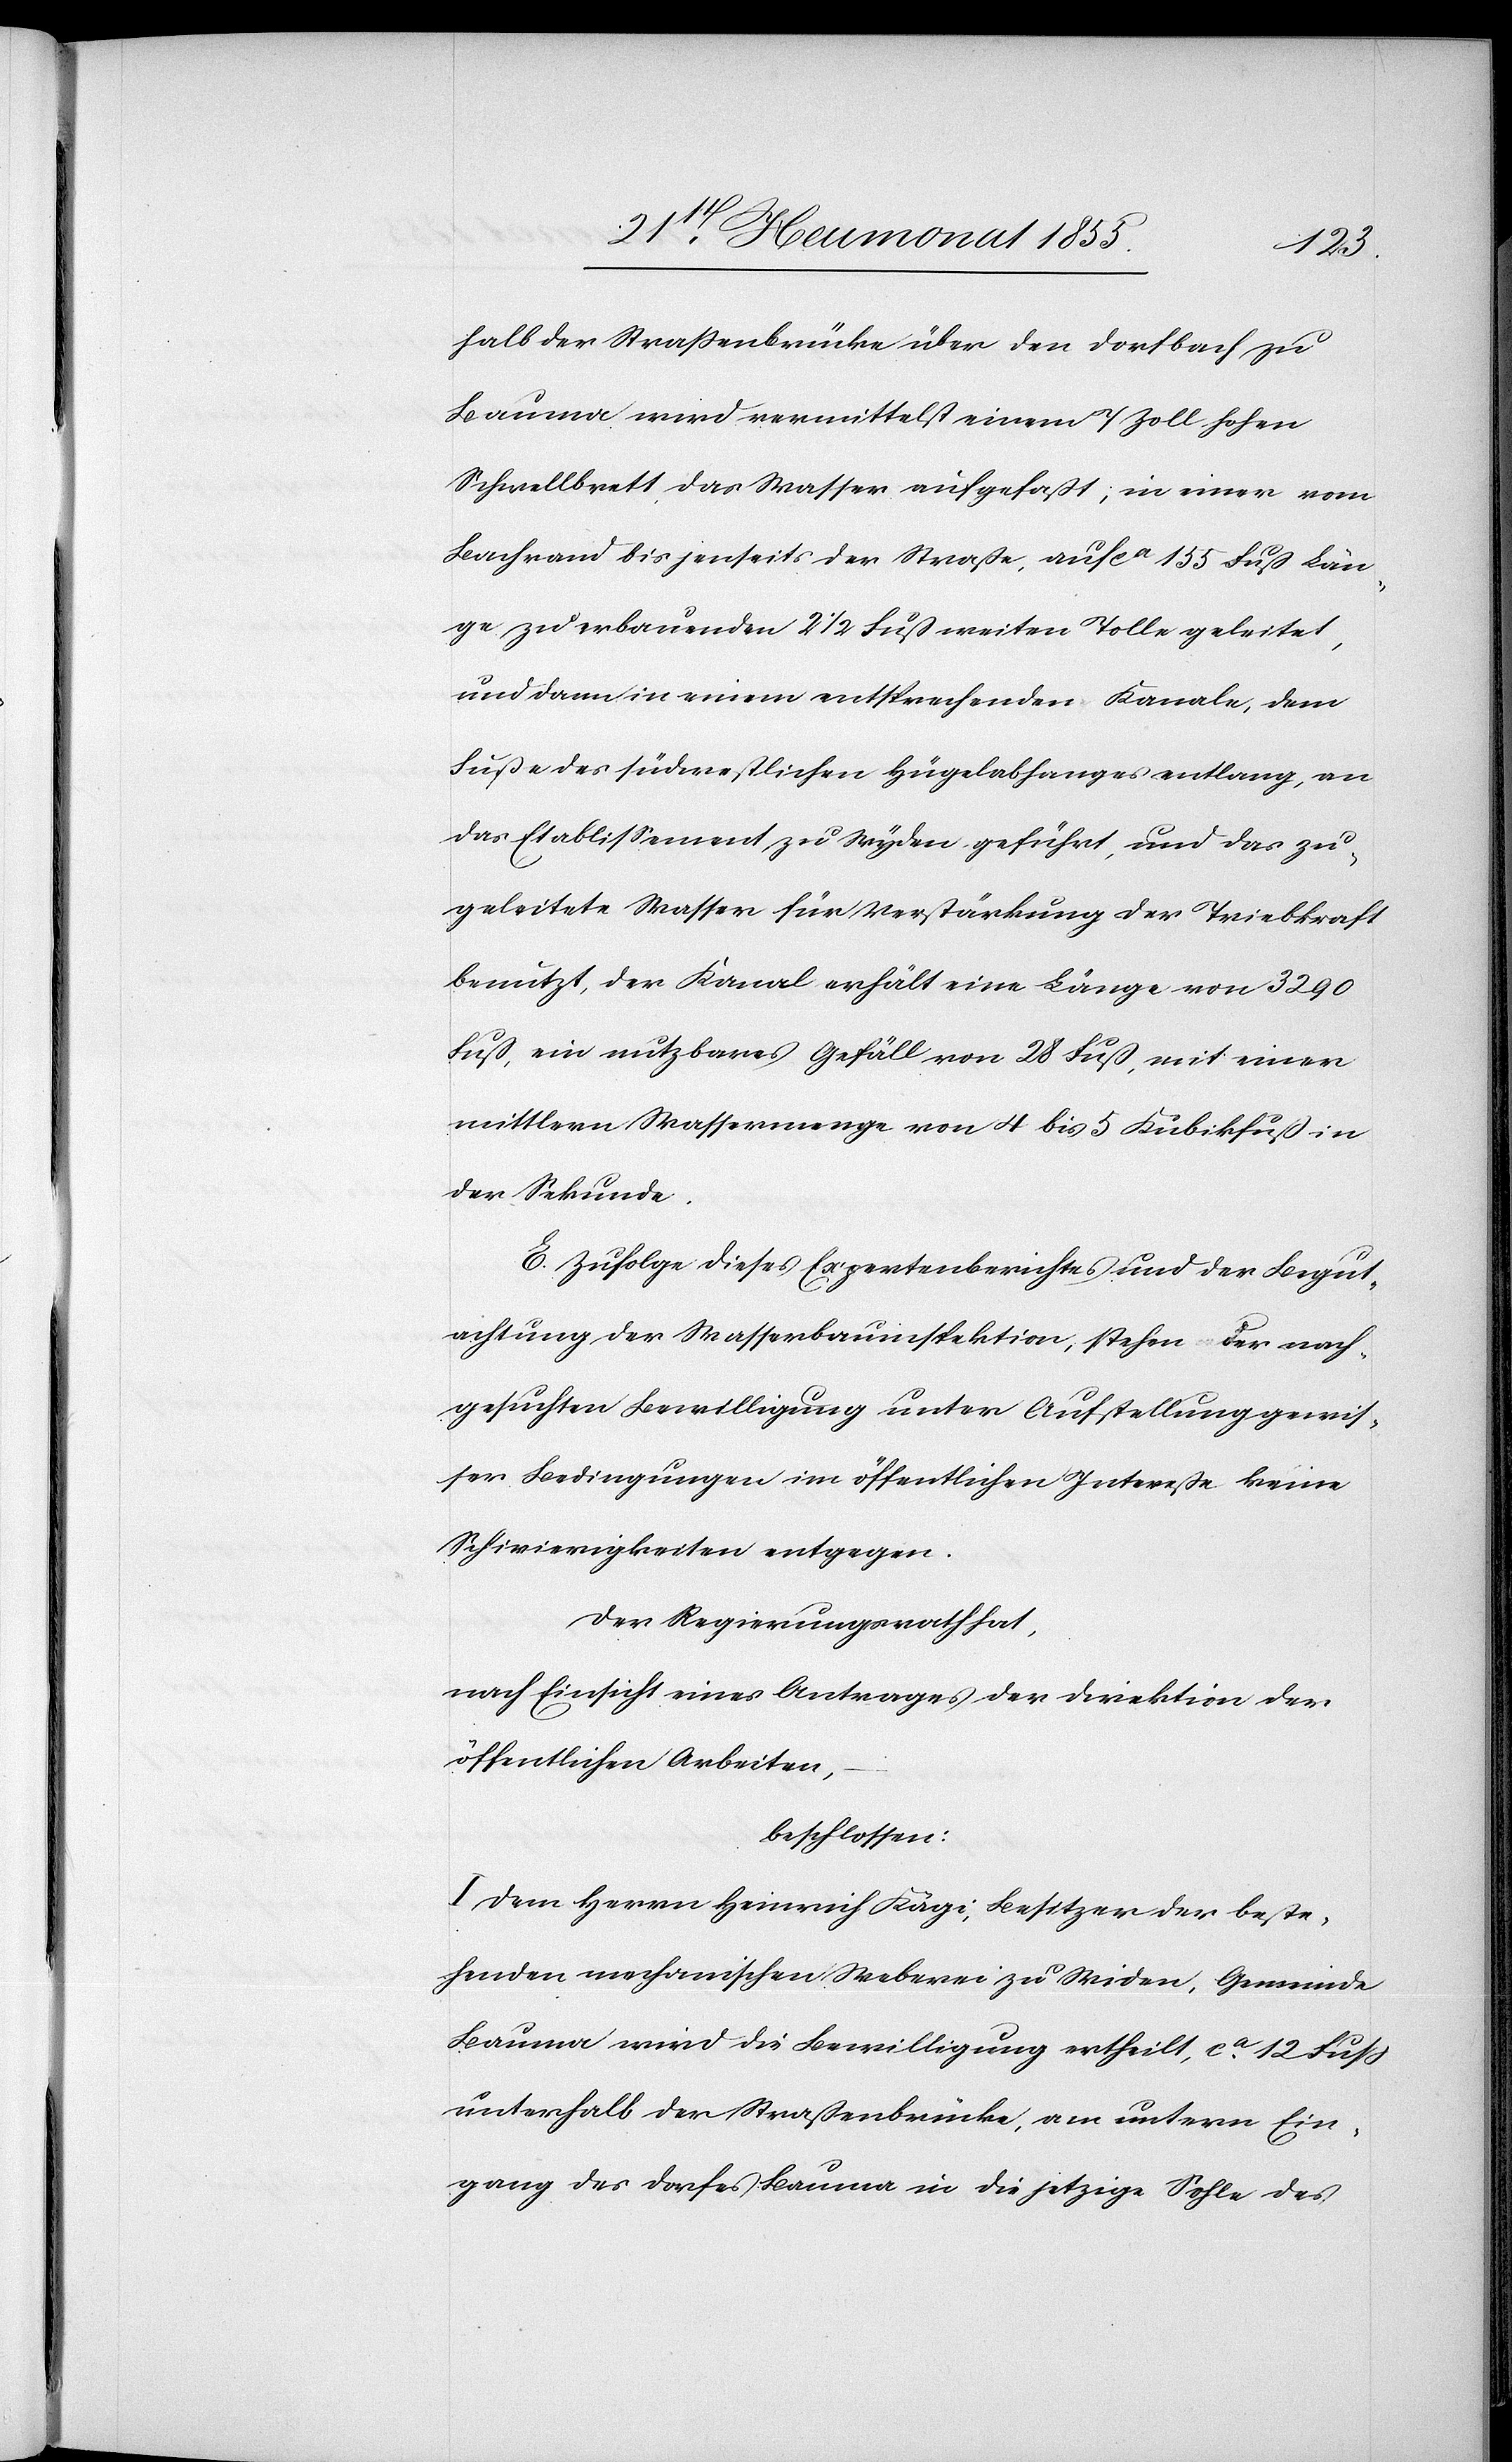
halb der Straßenbrücke über den Dorfbach zu
Bauma wird vermittelst einem 7 Zoll hohen
Schwellbrett das Wasser aufgefaßt; in einer vom
Bachrand bis jenseits der Straße, auf ca 155 Fuß Län¬
ge zu erbauenden 2 1/2 Fuß weiten Tolle geleitet,
und dann in einem entsprechenden Kanale, dem
Fuße des südwestlichen Hügelabhanges entlang, an
das Etablissement zu Wyden geführt, und das zu¬
geleitete Wasser für Verstärkung der Triebkraft
benutzt, der Kanal erhält eine Länge von 3290
Fuß, ein nutzbares Gefäll von 28 Fuß, mit einer
mittlern Wassermenge von 4 bis 5 Kubikfuß in
der Sekunde.
E. Zufolge dieses Expertenberichtes und der Begut¬
achtung der Wasserbauinspektion, stehen der nach¬
gesuchten Bewilligung unter Aufstellung gewis¬
ser Bedingungen im öffentlichen Intereße keine
Schwierigkeiten entgegen.
Der Regierungsrath hat,
nach Einsicht eines Antrages der Direktion der
öffentlichen Arbeiten,
beschlossen:
I. Dem Herrn Heinrich Kägi, Besitzer der beste¬
henden mechanischen Weberei zu Widen, Gemeinde
Bauma wird die Bewilligung ertheilt, ca. 12 Fuss
unterhalb der Straßenbrücke, am untern Ein¬
gang des Dorfes Bauma in die jetzige Sohle des